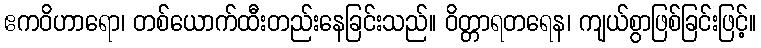
ဧကဝိဟာရော၊ တစ်ယောက်ထီးတည်းနေခြင်းသည်။ ဝိတ္တာရတရေန၊ ကျယ်စွာဖြစ်ခြင်းဖြင့်။